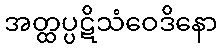
အတ္ထပ္ပဋိသံဝေဒိနော